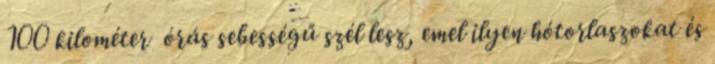
100 kilométer órás sebességű szél lesz, emel ilyen hótorlaszokat és